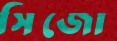
সিজো